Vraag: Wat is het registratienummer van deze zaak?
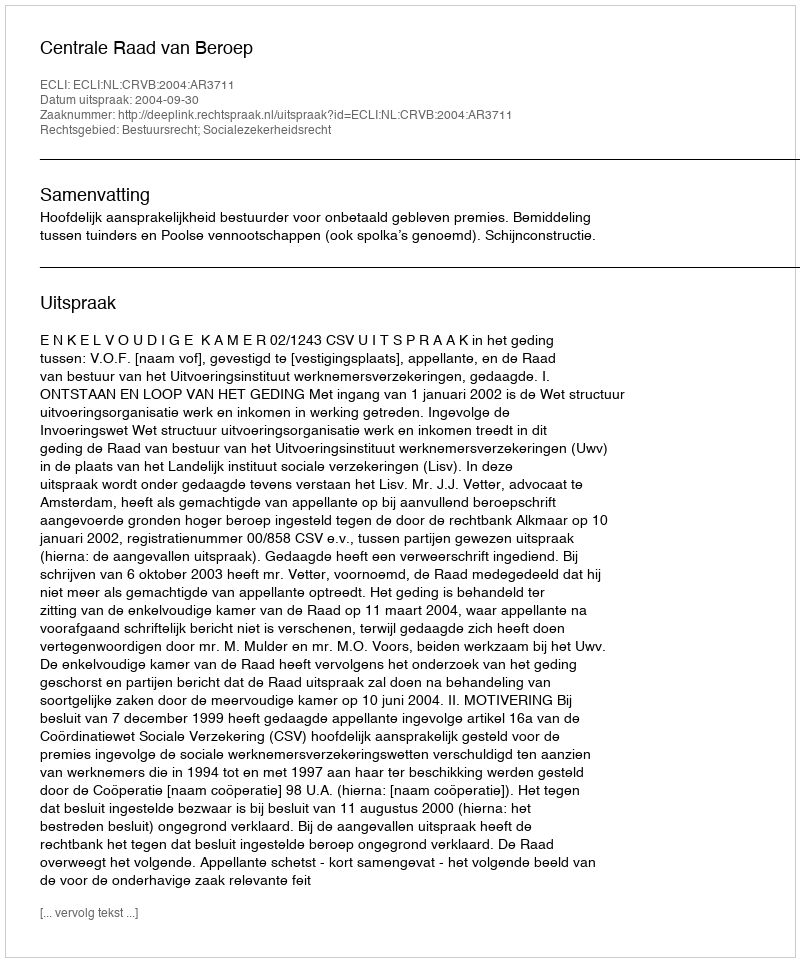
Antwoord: http://deeplink.rechtspraak.nl/uitspraak?id=ECLI:NL:CRVB:2004:AR3711